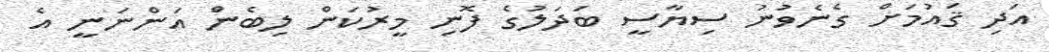
އަދި ޤައުމަށް ގެނެވުނު ސިޔާސީ ބަދަލުގެ ފޮނި މީރުކަން ލިބެން އަންނަނީ އެ